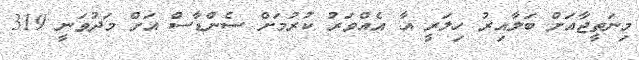
މިނަތީޖާއަށް ބަލާއިރު ހިލަރީ އާ އެއްވަރު ކުރުމަށް ސެންޑާސް އަށް މަދުވަނީ 319